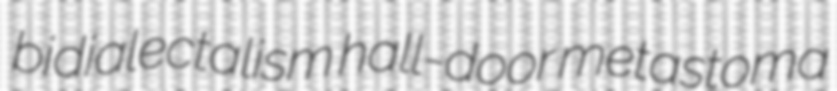
bidialectalism hall-door metastoma